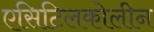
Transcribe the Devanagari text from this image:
एसिटिलकोलीन